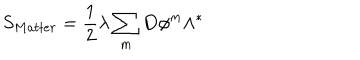
S _ { M a t t e r } = \frac { 1 } { 2 } \lambda \sum _ { m } \mathbf { D } \phi ^ { m } \wedge ^ { \ast }